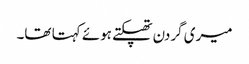
میری گردن تھپکتے ہوئے کہتا تھا۔